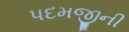
પદમજીની